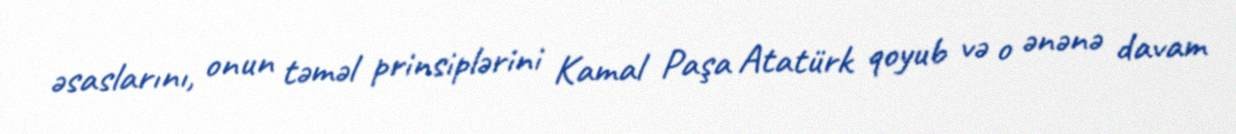
əsaslarını, onun təməl prinsiplərini Kamal Paşa Atatürk qoyub və o ənənə davam